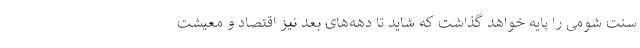
سنت شومی را پایه خواهد گذاشت که شاید تا دهه‌های بعد نیز اقتصاد و معیشت